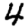
Digit: 4